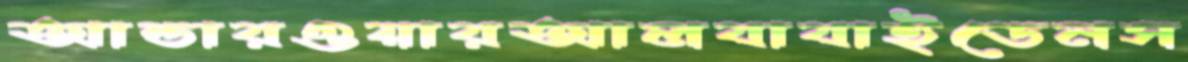
আন্ডারওয়ারআলবাবাইডেনস